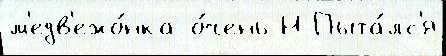
м'едв'ежо́нка о́чень Н Пыта́лс'я